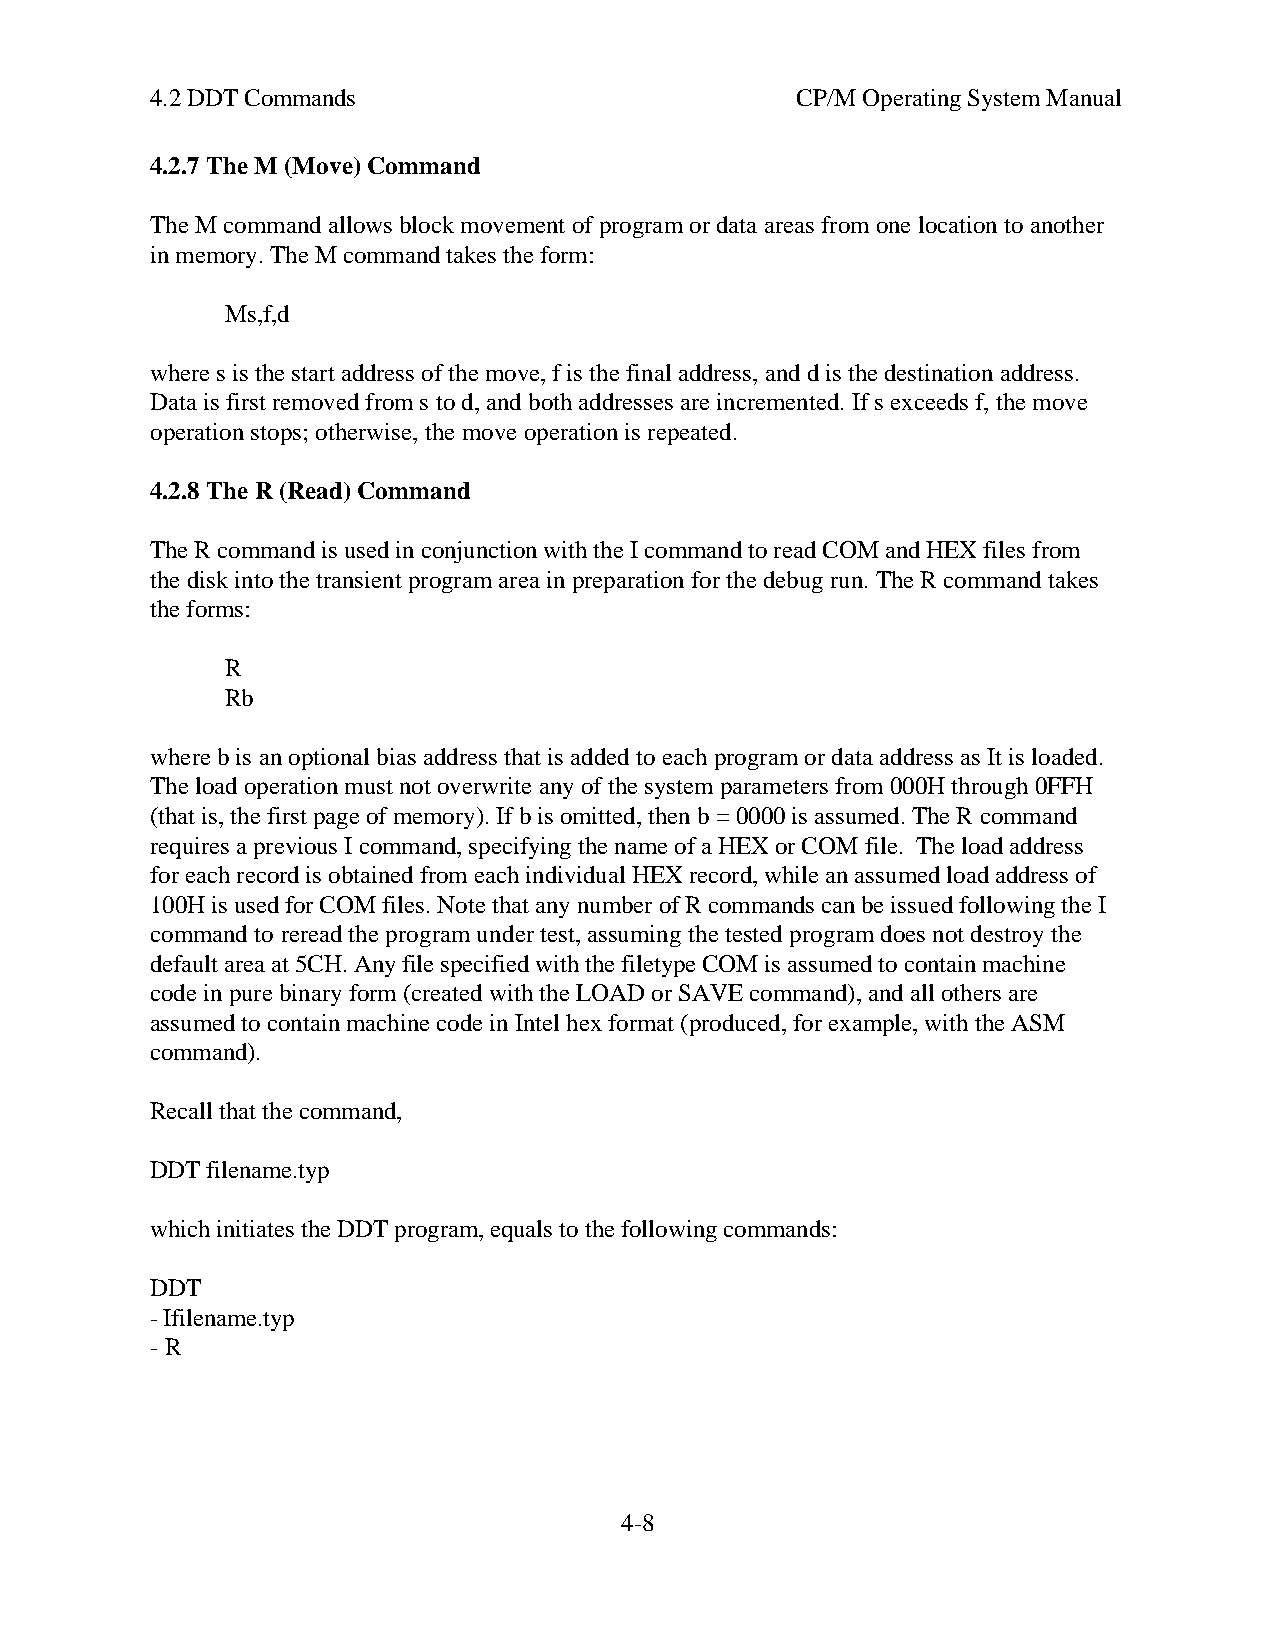
4.2 DDT Commands                           CP/M Operating System Manual
 4.2.7 The M (Move) Command
 The M command allows block movement of program or data areas from one location to another
 in memory. The M command takes the form:
 Ms,f,d
 where s is the start address of the move, f is the final address, and d is the destination address.
 Data is first removed from s to d, and both addresses are incremented. If s exceeds f, the move
 operation stops; otherwise, the move operation is repeated.
 4.2.8 The R (Read) Command
 The R command is used in conjunction with the I command to read COM and HEX files from
 the disk into the transient program area in preparation for the debug run. The R command takes
 the forms:
 R
 Rb
 where b is an optional bias address that is added to each program or data address as It is loaded.
 The load operation must not overwrite any of the system parameters from 000H through 0FFH
 (that is, the first page of memory). If b is omitted, then b = 0000 is assumed. The R command
 requires a previous I command, specifying the name of a HEX or COM file. The load address
 for each record is obtained from each individual HEX record, while an assumed load address of
 100H is used for COM files. Note that any number of R commands can be issued following the I
 command to reread the program under test, assuming the tested program does not destroy the
 default area at 5CH. Any file specified with the filetype COM is assumed to contain machine
 code in pure binary form (created with the LOAD or SAVE command), and all others are
 assumed to contain machine code in Intel hex format (produced, for example, with the ASM
 command).
 Recall that the command,
 DDT filename.typ
 which initiates the DDT program, equals to the following commands:
 DDT
 - Ifilename.typ
 - R
 4-8